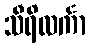
သီရိလင်္ကာ